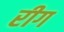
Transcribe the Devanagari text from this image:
रीग